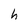
Character: h